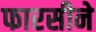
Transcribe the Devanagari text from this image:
फारसीने